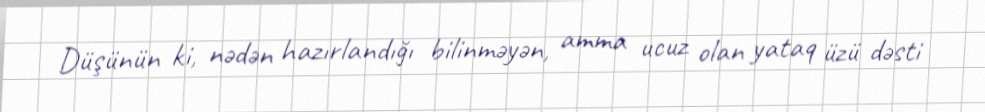
Düşünün ki, nədən hazırlandığı bilinməyən, amma ucuz olan yataq üzü dəsti